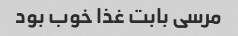
مرسی بابت غذا خوب بود